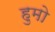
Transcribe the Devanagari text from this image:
हुमो